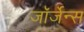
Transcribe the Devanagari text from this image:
जॉर्जेन्स